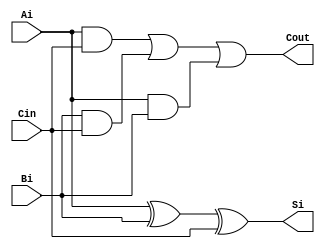
// This program was cloned from: https://github.com/maxluppe/tt07_maxluppe_nist0102
// License: Apache License 2.0

// Copyright (C) 2018  Intel Corporation. All rights reserved.
// Your use of Intel Corporation's design tools, logic functions 
// and other software and tools, and its AMPP partner logic 
// functions, and any output files from any of the foregoing 
// (including device programming or simulation files), and any 
// associated documentation or information are expressly subject 
// to the terms and conditions of the Intel Program License 
// Subscription Agreement, the Intel Quartus Prime License Agreement,
// the Intel FPGA IP License Agreement, or other applicable license
// agreement, including, without limitation, that your use is for
// the sole purpose of programming logic devices manufactured by
// Intel and sold by Intel or its authorized distributors.  Please
// refer to the applicable agreement for further details.

// PROGRAM		"Quartus Prime"
// VERSION		"Version 18.0.0 Build 614 04/24/2018 SJ Lite Edition"
// CREATED		"Wed Mar 29 15:08:36 2023"

module Full_adder(
	Ai,
	Bi,
	Cin,
	Si,
	Cout
);

input wire	Ai;
input wire	Bi;
input wire	Cin;
output wire	Si;
output wire	Cout;

assign	Si = (Ai ^ Bi) ^ Cin;

assign	Cout = (Ai & Cin) | (Bi & Cin) | (Ai & Bi);

endmodule